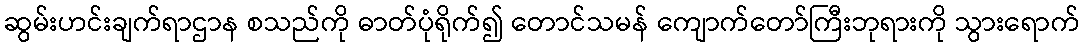
ဆွမ်းဟင်းချက်ရာဌာန စသည်ကို ဓာတ်ပုံရိုက်၍ တောင်သမန် ကျောက်တော်ကြီးဘုရားကို သွားရောက်